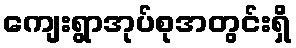
ကျေးရွာအုပ်စုအတွင်းရှိ